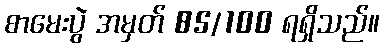
စာမေးပွဲ အမှတ် 85/100 ရရှိသည်။